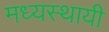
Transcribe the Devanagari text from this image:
मध्यस्थायी